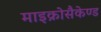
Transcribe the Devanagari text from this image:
माइक्रोसैकेण्ड